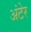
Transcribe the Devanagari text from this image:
अंटेर